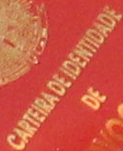
CARTEIRA DE IDENTIDADE